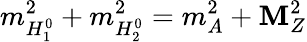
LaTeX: m_{H_{1}^{0}}^{2}+m_{H_{2}^{0}}^{2}=m_{A}^{2}+\mathbf{M}_{Z}^{2}